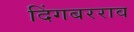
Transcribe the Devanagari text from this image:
दिंगबरराव